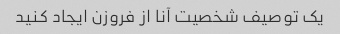
یک توصیف شخصیت آنا از فروزن ایجاد کنید